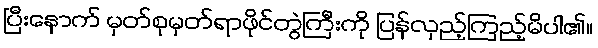
ပြီးနောက် မှတ်စုမှတ်ရာဖိုင်တွဲကြီးကို ပြန်လှည့်ကြည့်မိပါ၏။